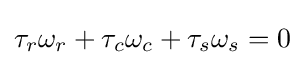
\tau _{r}\omega _{r}+\tau _{c}\omega _{c}+\tau _{s}\omega _{s}=0